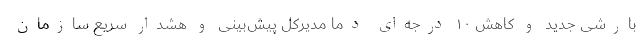
بارشی جدید و کاهش ۱۰ درجه‌ای دما مدیرکل پیش‌بینی و هشدار سریع سازمان